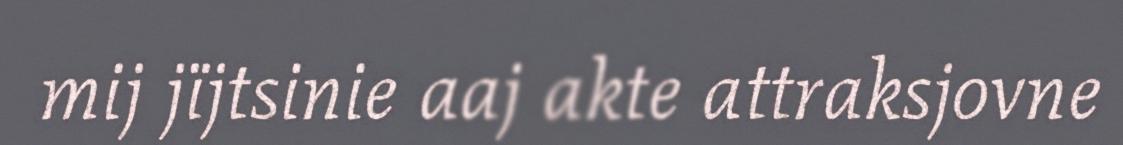
mij jïjtsinie aaj akte attraksjovne